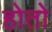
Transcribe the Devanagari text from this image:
होताे